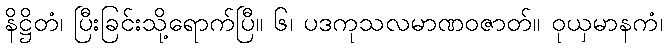
နိဋ္ဌိတံ၊ ပြီးခြင်းသို့ရောက်ပြီ။ ၆၊ ပဒကုသလမာဏဝဇာတ်။ ဝုယှမာနကံ၊